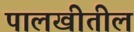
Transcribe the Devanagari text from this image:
पालखीतील